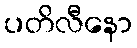
ပတိလီနော